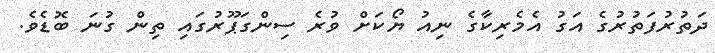
ދަތުރުފަތުރުގެ އަގު އެމެރިކާގެ ނިއު ޔޯކަށް ވުރެ ސިންގަޕޫރުގައި ތިން ގުނަ ބޮޑެވެ.